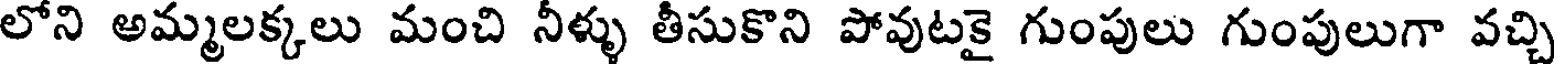
లోని అమ్మలక్కలు మంచి నీళ్ళు తీసుకొని పోవుటకై గుంపులు గుంపులుగా వచ్చి